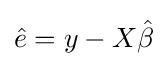
{\hat {e}}=y-X{\hat {\beta }}